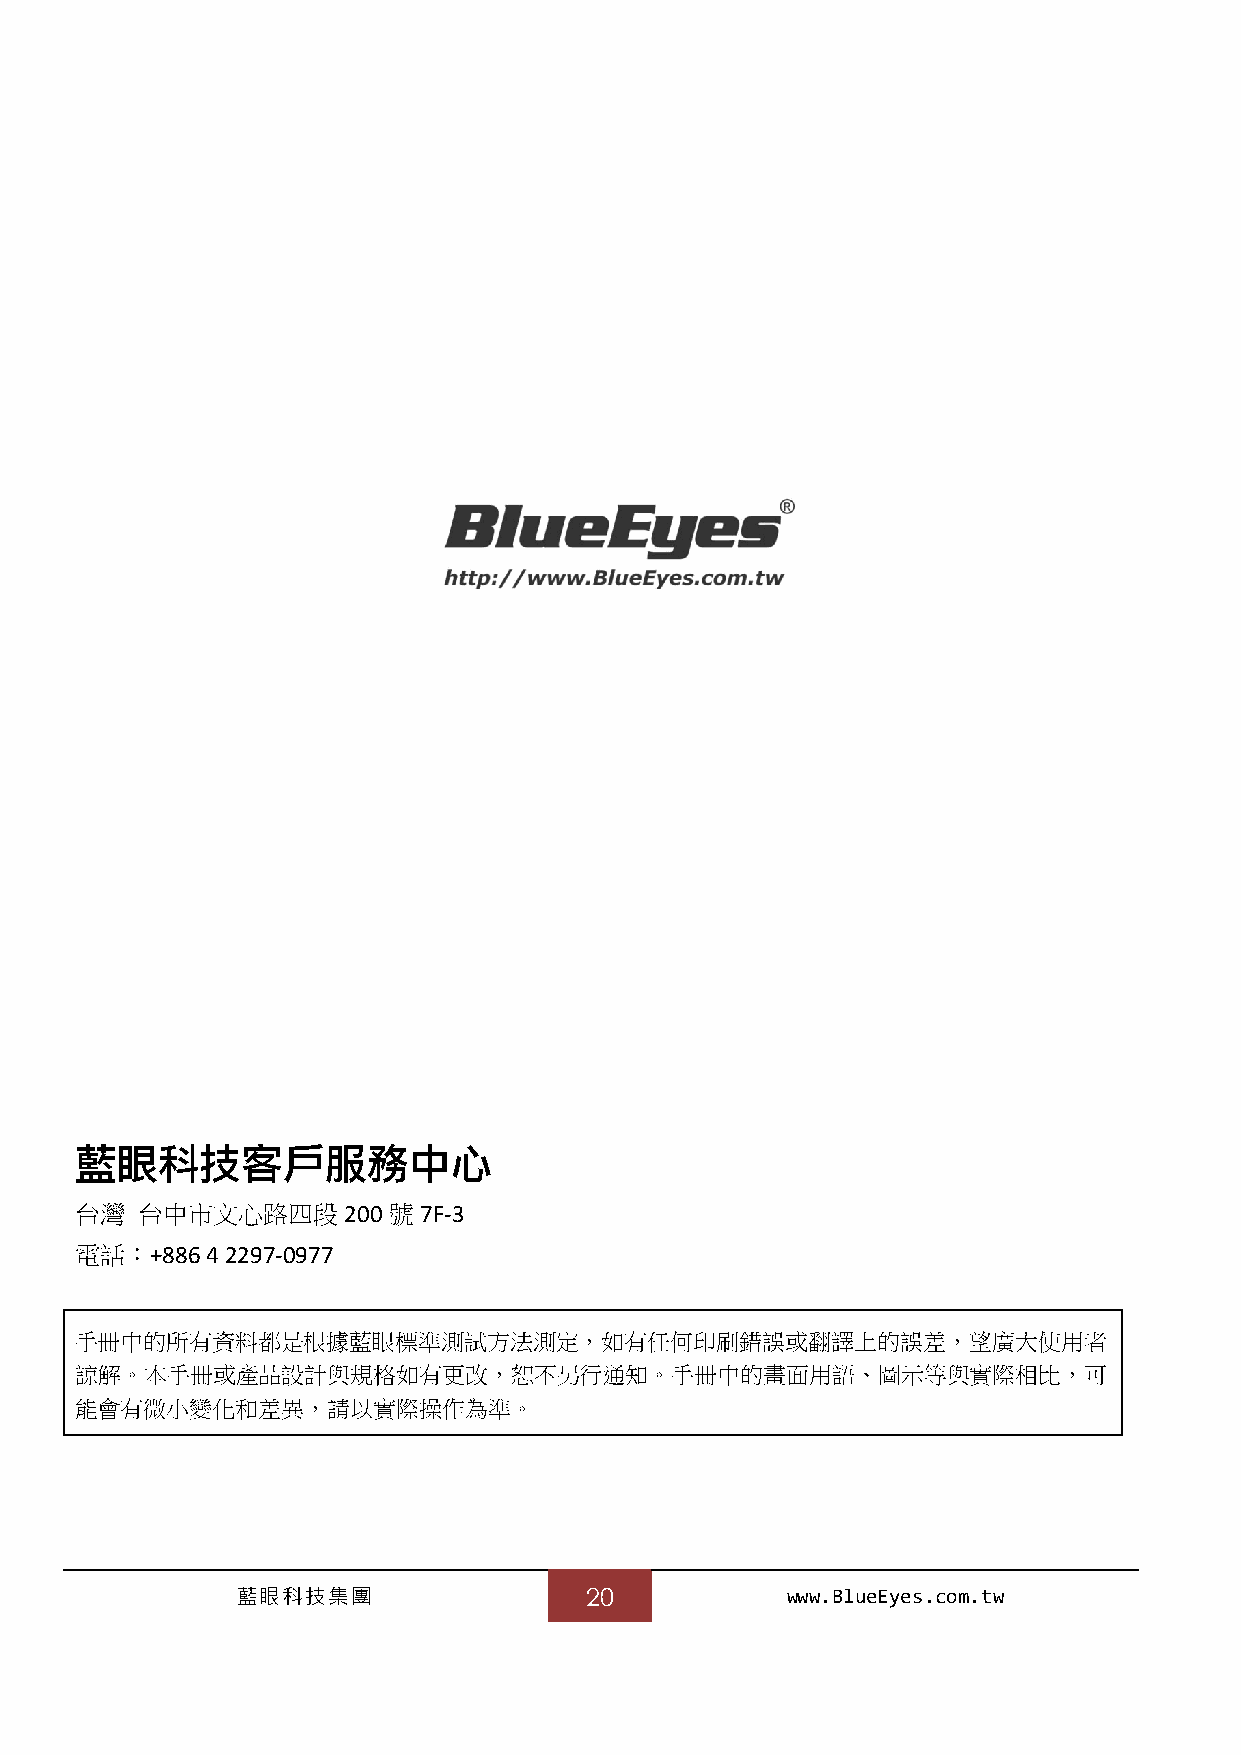
藍眼科技客戶服務中心
 台灣  台中市文心路四段      200 號7F-3
 電話：+886  4 2297-0977
 手冊中的所有資料都是根據藍眼標準測試方法測定，如有任何印刷錯誤或翻譯上的誤差，望廣大使用者
 諒解。本手冊或產品設計與規格如有更改，恕不另行通知。手冊中的畫面用語、圖示等與實際相比，可
 能會有微小變化和差異，請以實際操作為準。
 藍眼科技集團                 20           www.BlueEyes.com.tw